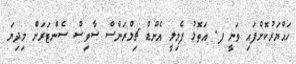
ހައްޔަރުކޮށްފައި ވަނީ ފ. އަތޮޅު ފެމިލީ އެންޑް ޗިލްރަންސް ސާވިސް ސެންޓަރަށް މިދިޔަ